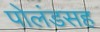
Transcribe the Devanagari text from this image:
पोलंडसह